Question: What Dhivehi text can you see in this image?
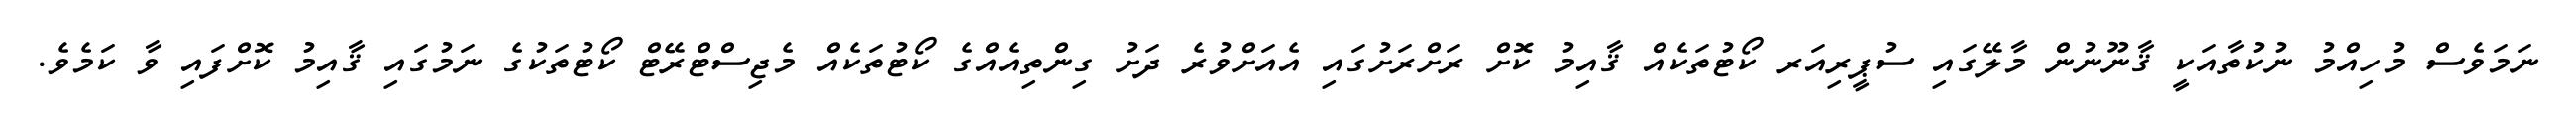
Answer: ނަމަވެސް މުހިއްމު ނުކުތާއަކީ ޤާނޫނުން މާލޭގައި ސުޕީރިއަރ ކޯޓުތަކެއް ޤާއިމު ކޮށް ރަށްރަށުގައި އެއަށްވުރެ ދަށު ގިންތިއެއްގެ ކޯޓުތަކެއް މެޖިސްޓްރޭޓް ކޯޓުތަކުގެ ނަމުގައި ޤާއިމު ކޮށްފައި ވާ ކަމެވެ.